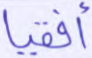
أفقيا